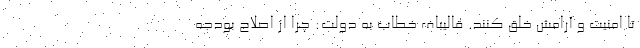
تا امنیت و آرامش خلق کنند. قالیباف خطاب به دولت: چرا از اصلاح بودجه